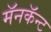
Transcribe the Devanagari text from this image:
मॅनकॅन्ट